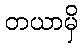
တယာမှိ